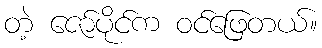
တဲ့ ဇော်ပိုင်က ဝင်ဖြေတယ်။